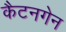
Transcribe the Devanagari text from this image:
कैटनगेन